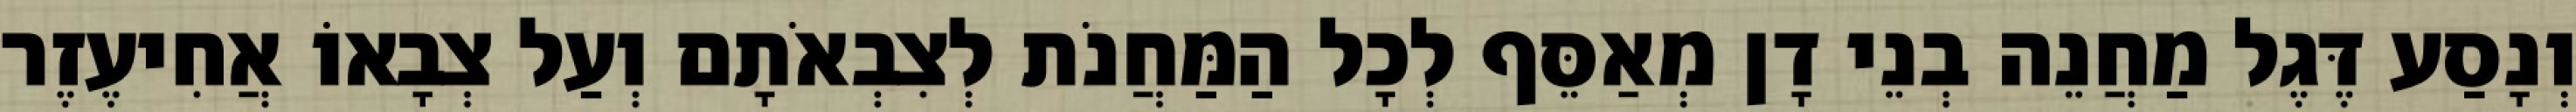
וְנָסַע דֶּגֶל מַחֲנֵה בְנֵי דָן מְאַסֵּף לְכָל הַמַּחֲנֹת לְצִבְאֹתָם וְעַל צְבָאוֹ אֲחִיעֶזֶר